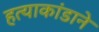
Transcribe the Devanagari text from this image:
हत्याकांडाने